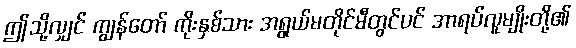
ဤသို့လျှင် ကျွန်တော် ကိုးနှစ်သား အရွယ်မတိုင်မီတွင်ပင် အာရပ်လူမျိုးတို့၏